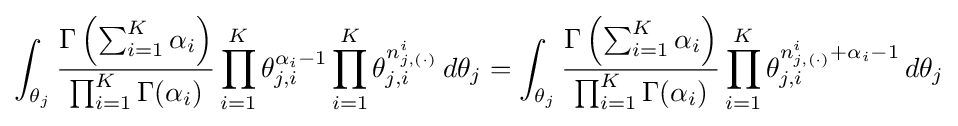
\int _{\theta _{j}}{\frac {\Gamma \left(\sum _{i=1}^{K}\alpha _{i}\right)}{\prod _{i=1}^{K}\Gamma (\alpha _{i})}}\prod _{i=1}^{K}\theta _{j,i}^{\alpha _{i}-1}\prod _{i=1}^{K}\theta _{j,i}^{n_{j,(\cdot )}^{i}}\,d\theta _{j}=\int _{\theta _{j}}{\frac {\Gamma \left(\sum _{i=1}^{K}\alpha _{i}\right)}{\prod _{i=1}^{K}\Gamma (\alpha _{i})}}\prod _{i=1}^{K}\theta _{j,i}^{n_{j,(\cdot )}^{i}+\alpha _{i}-1}\,d\theta _{j}